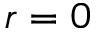
r = 0